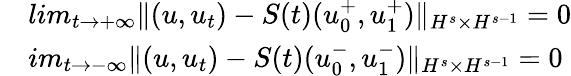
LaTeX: \begin{array}{rl}&{lim_{t\rightarrow+\infty}\| (u,u_{t})-S(t)(u_{0}^{+},u_{1}^{+})\| _{H^{s}\times H^{s-1}}=0}\\ &{im_{t\rightarrow-\infty}\| (u,u_{t})-S(t)(u_{0}^{-},u_{1}^{-})\| _{H^{s}\times H^{s-1}}=0}\end{array}